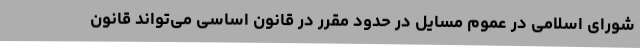
شورای اسلامی در عموم مسایل در حدود مقرر در قانون اساسی می‌تواند قانون